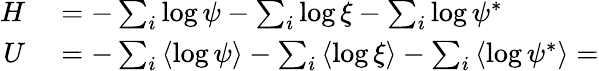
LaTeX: \begin{array}{rl}{H}&{{}=-\sum_{i}\log\psi-\sum_{i}\log\xi-\sum_{i}\log\psi^{*}}\\ {U}&{{}=-\sum_{i}\left\langle\log\psi\right\rangle-\sum_{i}\left\langle\log\xi\right\rangle-\sum_{i}\left\langle\log\psi^{*}\right\rangle=}\end{array}